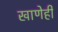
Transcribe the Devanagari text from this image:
खाणेही